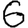
Digit: 6